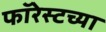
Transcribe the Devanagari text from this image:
फॉरेस्टच्या